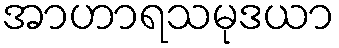
အာဟာရသမုဒယာ